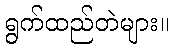
ရွက်ထည်တဲများ။